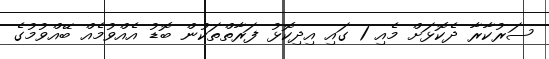
ސަރުކާރާ ދެކޮޅަށް މެއި 1 ގައި އިދިކޮޅު ފަރާތްތަކުން ބޮޑު އެއްވުމެއް ބޭއްވުމުގެ